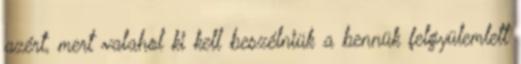
azért, mert valahol ki kell beszélniük a bennük felgyülemlett